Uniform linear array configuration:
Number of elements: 12
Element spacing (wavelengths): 0.25
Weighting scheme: uniform
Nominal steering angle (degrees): -15
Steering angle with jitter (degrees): -15.449
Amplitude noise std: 0.05
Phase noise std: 0.05

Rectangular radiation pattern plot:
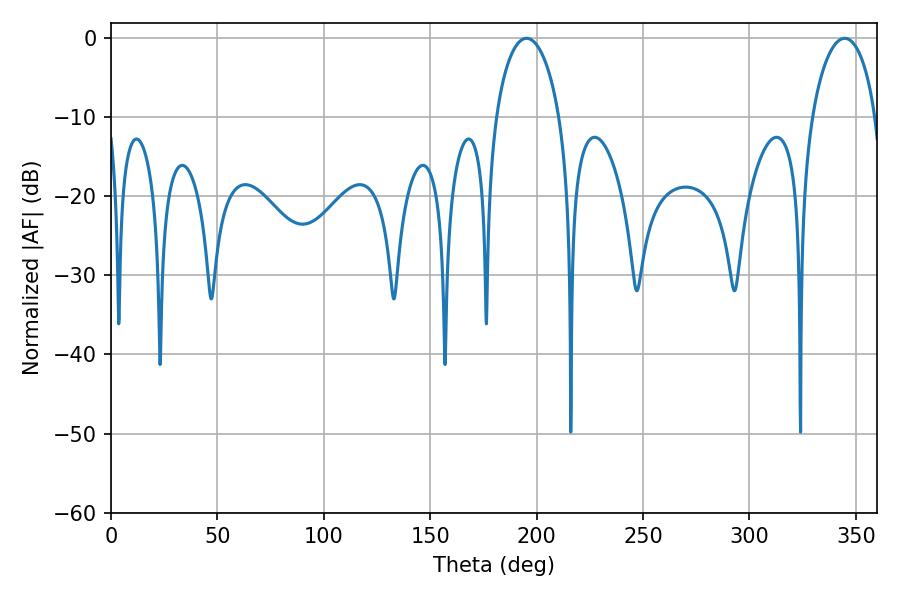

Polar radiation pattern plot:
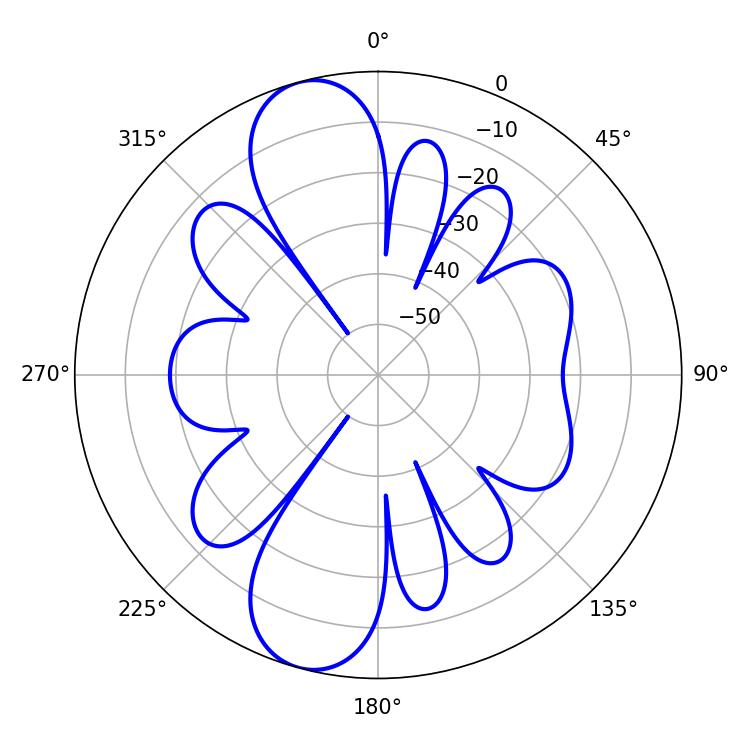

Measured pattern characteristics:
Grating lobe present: FALSE
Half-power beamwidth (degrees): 17.28
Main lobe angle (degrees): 195.3